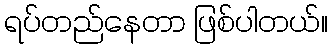
ရပ်တည်နေတာ ဖြစ်ပါတယ်။